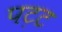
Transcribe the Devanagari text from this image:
पट़ट